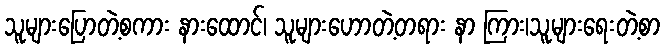
သူများပြောတဲ့စကား နားထောင်၊ သူများဟောတဲ့တရား နာ ကြား၊သူများရေးတဲ့စာ